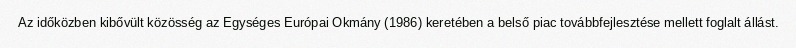
Az időközben kibővült közösség az Egységes Európai Okmány (1986) keretében a belső piac továbbfejlesztése mellett foglalt állást.